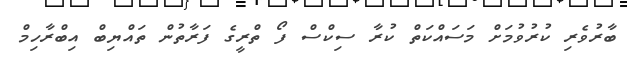
ބާރުވެރި ކުރުވުމަށް މަސައްކަތް ކުރާ ސިކްސް ފޯ ތްރީގެ ފަރާތުން ތައްޔިބް އިބްރާހިމް